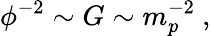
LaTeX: \phi^{-2}\sim G\sim m_{p}^{-2}~,